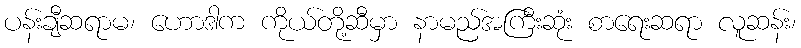
ပန်းချီဆရာမ၊ ဟောဒါက ကိုယ်တို့ဆီမှာ နာမည်အကြီးဆုံး စာရေးဆရာ လူဆန်း၊